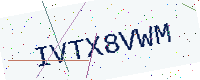
Text: IVTX8VWM